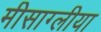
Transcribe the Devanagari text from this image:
मीसाग्लीया